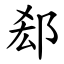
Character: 郄